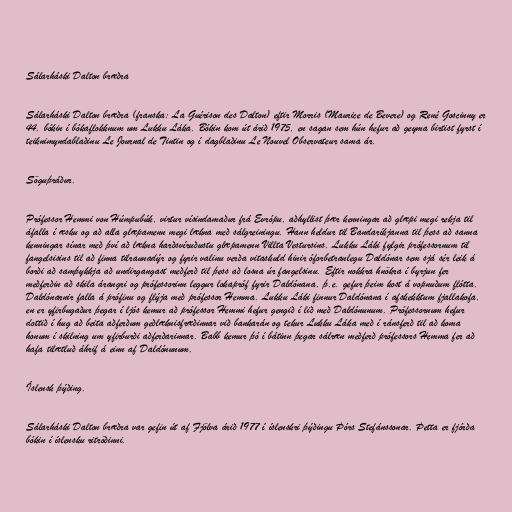
Sálarháski Dalton bræðra

Sálarháski Dalton bræðra (franska: La Guérison des Dalton) eftir Morris (Maurice de Bevere) og René Goscinny er
44. bókin í bókaflokknum um Lukku Láka. Bókin kom út árið 1975, en sagan sem hún hefur að geyma birtist fyrst í
teiknimyndablaðinu Le Journal de Tintin og í dagblaðinu Le Nouvel Observateur sama ár.

Söguþráður.

Prófessor Hemmi von Húmpubúk, virtur vísindamaður frá Evrópu, aðhyllist þær kenningar að glæpi megi rekja til
áfalla í æsku og að alla glæpamenn megi lækna með sálgreiningu. Hann heldur til Bandaríkjanna til þess að sanna
kenningar sínar með því að lækna harðsvíruðustu glæpamenn Villta Vestursins. Lukku Láki fylgir prófessornum til
fangelsisins til að finna tilraunadýr og fyrir valinu verða vitaskuld hinir óforbetranlegu Daldónar sem sjá sér leik á
borði að samþykkja að undirgangast meðferð til þess að losna úr fangelsinu. Eftir nokkra hnökra í byrjun fer
meðferðin að skila árangri og prófessorinn leggur lokapróf fyrir Daldónana, þ.e. gefur þeim kost á vopnuðum flótta.
Daldónarnir falla á prófinu og flýja með prófessor Hemma. Lukku Láki finnur Daldónana í afskekktum fjallakofa,
en er yfirbugaður þegar í ljós kemur að prófessor Hemmi hefur gengið í lið með Daldónunum. Prófessornum hefur
dottið í hug að beita aðferðum geðlæknisfræðinnar við bankarán og tekur Lukku Láka með í ránsferð til að koma
honum í skilning um yfirburði aðferðarinnar. Babb kemur þó í bátinn þegar sálræn meðferð prófessors Hemma fer að
hafa tilætluð áhrif á einn af Daldónunum.

Íslensk þýðing.

Sálarháski Dalton bræðra var gefin út af Fjölva árið 1977 í íslenskri þýðingu Þórs Stefánssonar. Þetta er fjórða
bókin í íslensku ritröðinni.